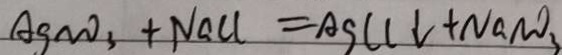
A g N O _ { 3 } + N a C l \downarrow = A g C l \downarrow + N a N O _ { 3 }